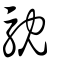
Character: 馾